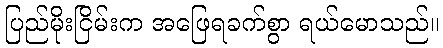
ပြည်မိုးငြိမ်းက အဖြေရခက်စွာ ရယ်မောသည်။